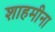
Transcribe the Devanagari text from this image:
शाहमीना